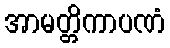
အာမတ္တိကာပဏံ